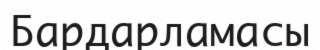
Бардарламасы